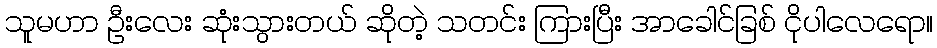
သူမဟာ ဦးလေး ဆုံးသွားတယ် ဆိုတဲ့ သတင်း ကြားပြီး အာခေါင်ခြစ် ငိုပါလေရော။